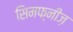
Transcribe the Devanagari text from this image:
सिमफ्नीज़